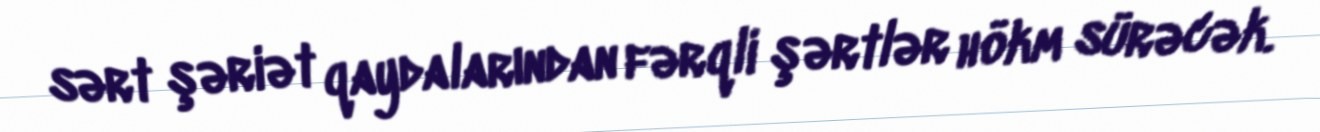
sərt şəriət qaydalarından fərqli şərtlər hökm sürəcək.